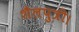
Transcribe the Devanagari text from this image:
शैलपुत्री।